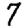
Digit: 7